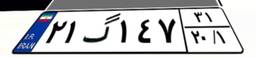
۲۱گ۱۴۷۳۱